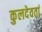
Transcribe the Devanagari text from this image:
कुलदेवतां